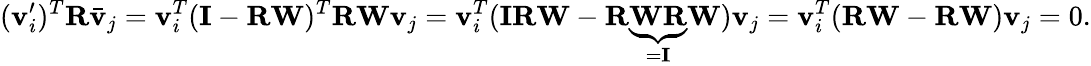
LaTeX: (\mathbf{v}_{i}^{\prime})^{T}\mathbf{R}\bar{\mathbf{v}}_{j}=\mathbf{v}_{i}^{T}(\mathbf{I}-\mathbf{R}\mathbf{W})^{T}\mathbf{R}\mathbf{W}\mathbf{v}_{j}=\mathbf{v}_{i}^{T}(\mathbf{I}\mathbf{R}\mathbf{W}-\mathbf{R}\underbrace{\mathbf{W}\mathbf{R}}_{=\mathbf{I}}\mathbf{W})\mathbf{v}_{j}=\mathbf{v}_{i}^{T}(\mathbf{R}\mathbf{W}-\mathbf{R}\mathbf{W})\mathbf{v}_{j}=0.